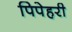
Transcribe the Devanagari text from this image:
पिपेहरी